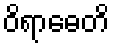
ဝိရာဓေတိ